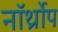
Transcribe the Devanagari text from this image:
नॉर्थ्रोप